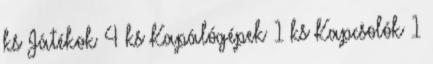
ks Játékok 4 ks Kapálógépek 1 ks Kapcsolók 1